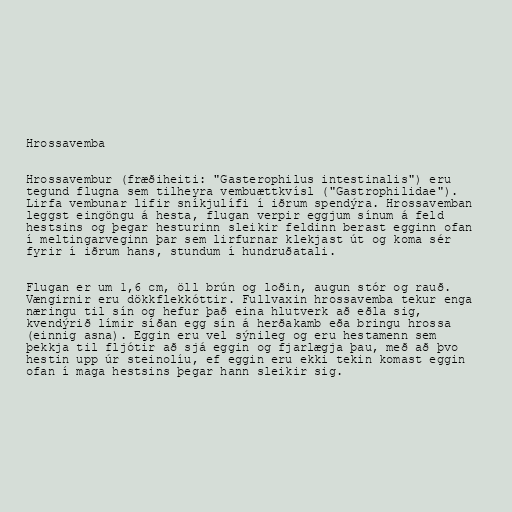
Hrossavemba

Hrossavembur (fræðiheiti: "Gasterophilus intestinalis") eru
tegund flugna sem tilheyra vembuættkvísl ("Gastrophilidae").
Lirfa vembunar lifir sníkjulífi í iðrum spendýra. Hrossavemban
leggst eingöngu á hesta, flugan verpir eggjum sínum á feld
hestsins og þegar hesturinn sleikir feldinn berast egginn ofan
í meltingarveginn þar sem lirfurnar klekjast út og koma sér
fyrir í iðrum hans, stundum í hundruðatali.

Flugan er um 1,6 cm, öll brún og loðin, augun stór og rauð.
Vængirnir eru dökkflekkóttir. Fullvaxin hrossavemba tekur enga
næringu til sín og hefur það eina hlutverk að eðla sig,
kvendýrið límir síðan egg sín á herðakamb eða bringu hrossa
(einnig asna). Eggin eru vel sýnileg og eru hestamenn sem
þekkja til fljótir að sjá eggin og fjarlægja þau, með að þvo
hestin upp úr steinolíu, ef eggin eru ekki tekin komast eggin
ofan í maga hestsins þegar hann sleikir sig.